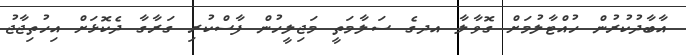
އާބާދުކުރުން ހުއްޓާލުމަށް ގޮވާލާ އދގެ ސަލާމަތީ މަޖިލީހުން ފާސްކުރި ގަރާގާ ދެކޮޅަށް އިހުތިޖާޖު